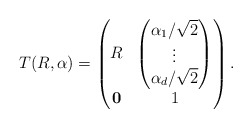
\begin{align*}T(R,\alpha)=\begin{pmatrix}R & \begin{pmatrix}\alpha_1/\sqrt{2}\\ \vdots\\\alpha_d/\sqrt{2}\end{pmatrix}\\\mathbf{0}& 1\end{pmatrix}.\end{align*}